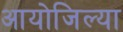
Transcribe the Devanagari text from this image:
आयोजिल्या